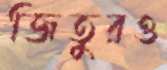
জিতুরও